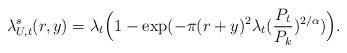
LaTeX: \begin{align*}\lambda_{U,t}^s(r, y) = \lambda_t \Big(1 - \exp(-\pi (r+y)^2 \lambda_t (\frac{P_t}{P_k})^{2 / \alpha})\Big).\end{align*}